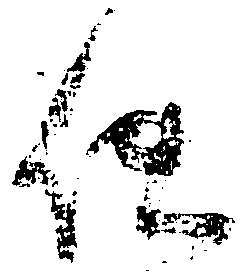
使